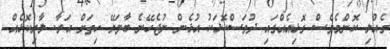
ގެއްލި ކޮންމެވެސް ގޮޅިއެއްގައި ދުވަސްކޮޅަކު އުޅެން ނުޖެހޭނެ ބާވަޔޭ ހިތަށް އަރާ. ލާރިކޮޅެއް